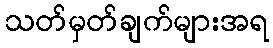
သတ်မှတ်ချက်များအရ